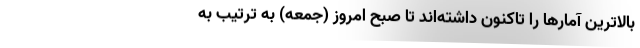
بالاترین آمارها را تاکنون داشته‌اند تا صبح امروز (جمعه) به ترتیب به